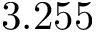
3 . 2 5 5